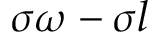
\sigma \omega - \sigma l